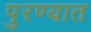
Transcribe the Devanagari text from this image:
पुरण्यात